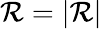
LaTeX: \mathcal{R}=\left|\mathbf{{\mathcal{R}}}\right|